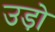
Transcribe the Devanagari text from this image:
उड़ो